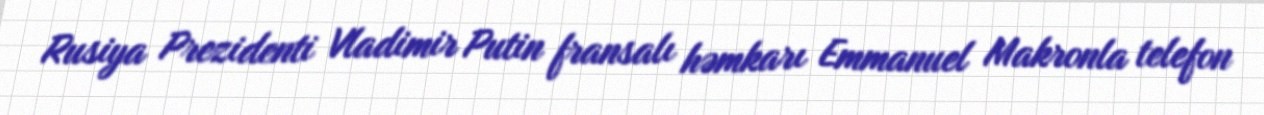
Rusiya Prezidenti Vladimir Putin fransalı həmkarı Emmanuel Makronla telefon